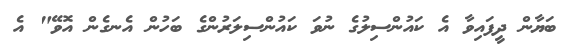
ބަޔާން ދީފައިވާ އެ ކައުންސިލުގެ ނުވަ ކައުންސިލަރުންގެ ބަހުން އެނގެން އޮވޭ" އެ